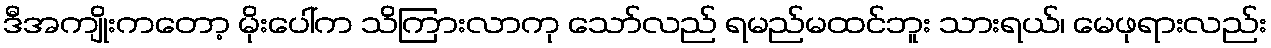
ဒီအကျိုးကတော့ မိုးပေါ်က သိကြားလာကု သော်လည် ရမည်မထင်ဘူး သားရယ်၊ မေဖုရားလည်း